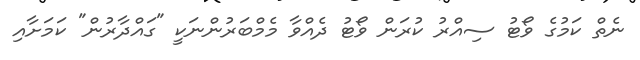
ނެތް ކަމުގެ ވޯޓު ސިއްރު ކުރަން ވޯޓު ދެއްވާ މެމްބަރުންނަކީ "ގައްދާރުން" ކަމަށާއި